65_HS1-834228961_62-HQ-83894_Section_9
Agency: FBI
Page 102
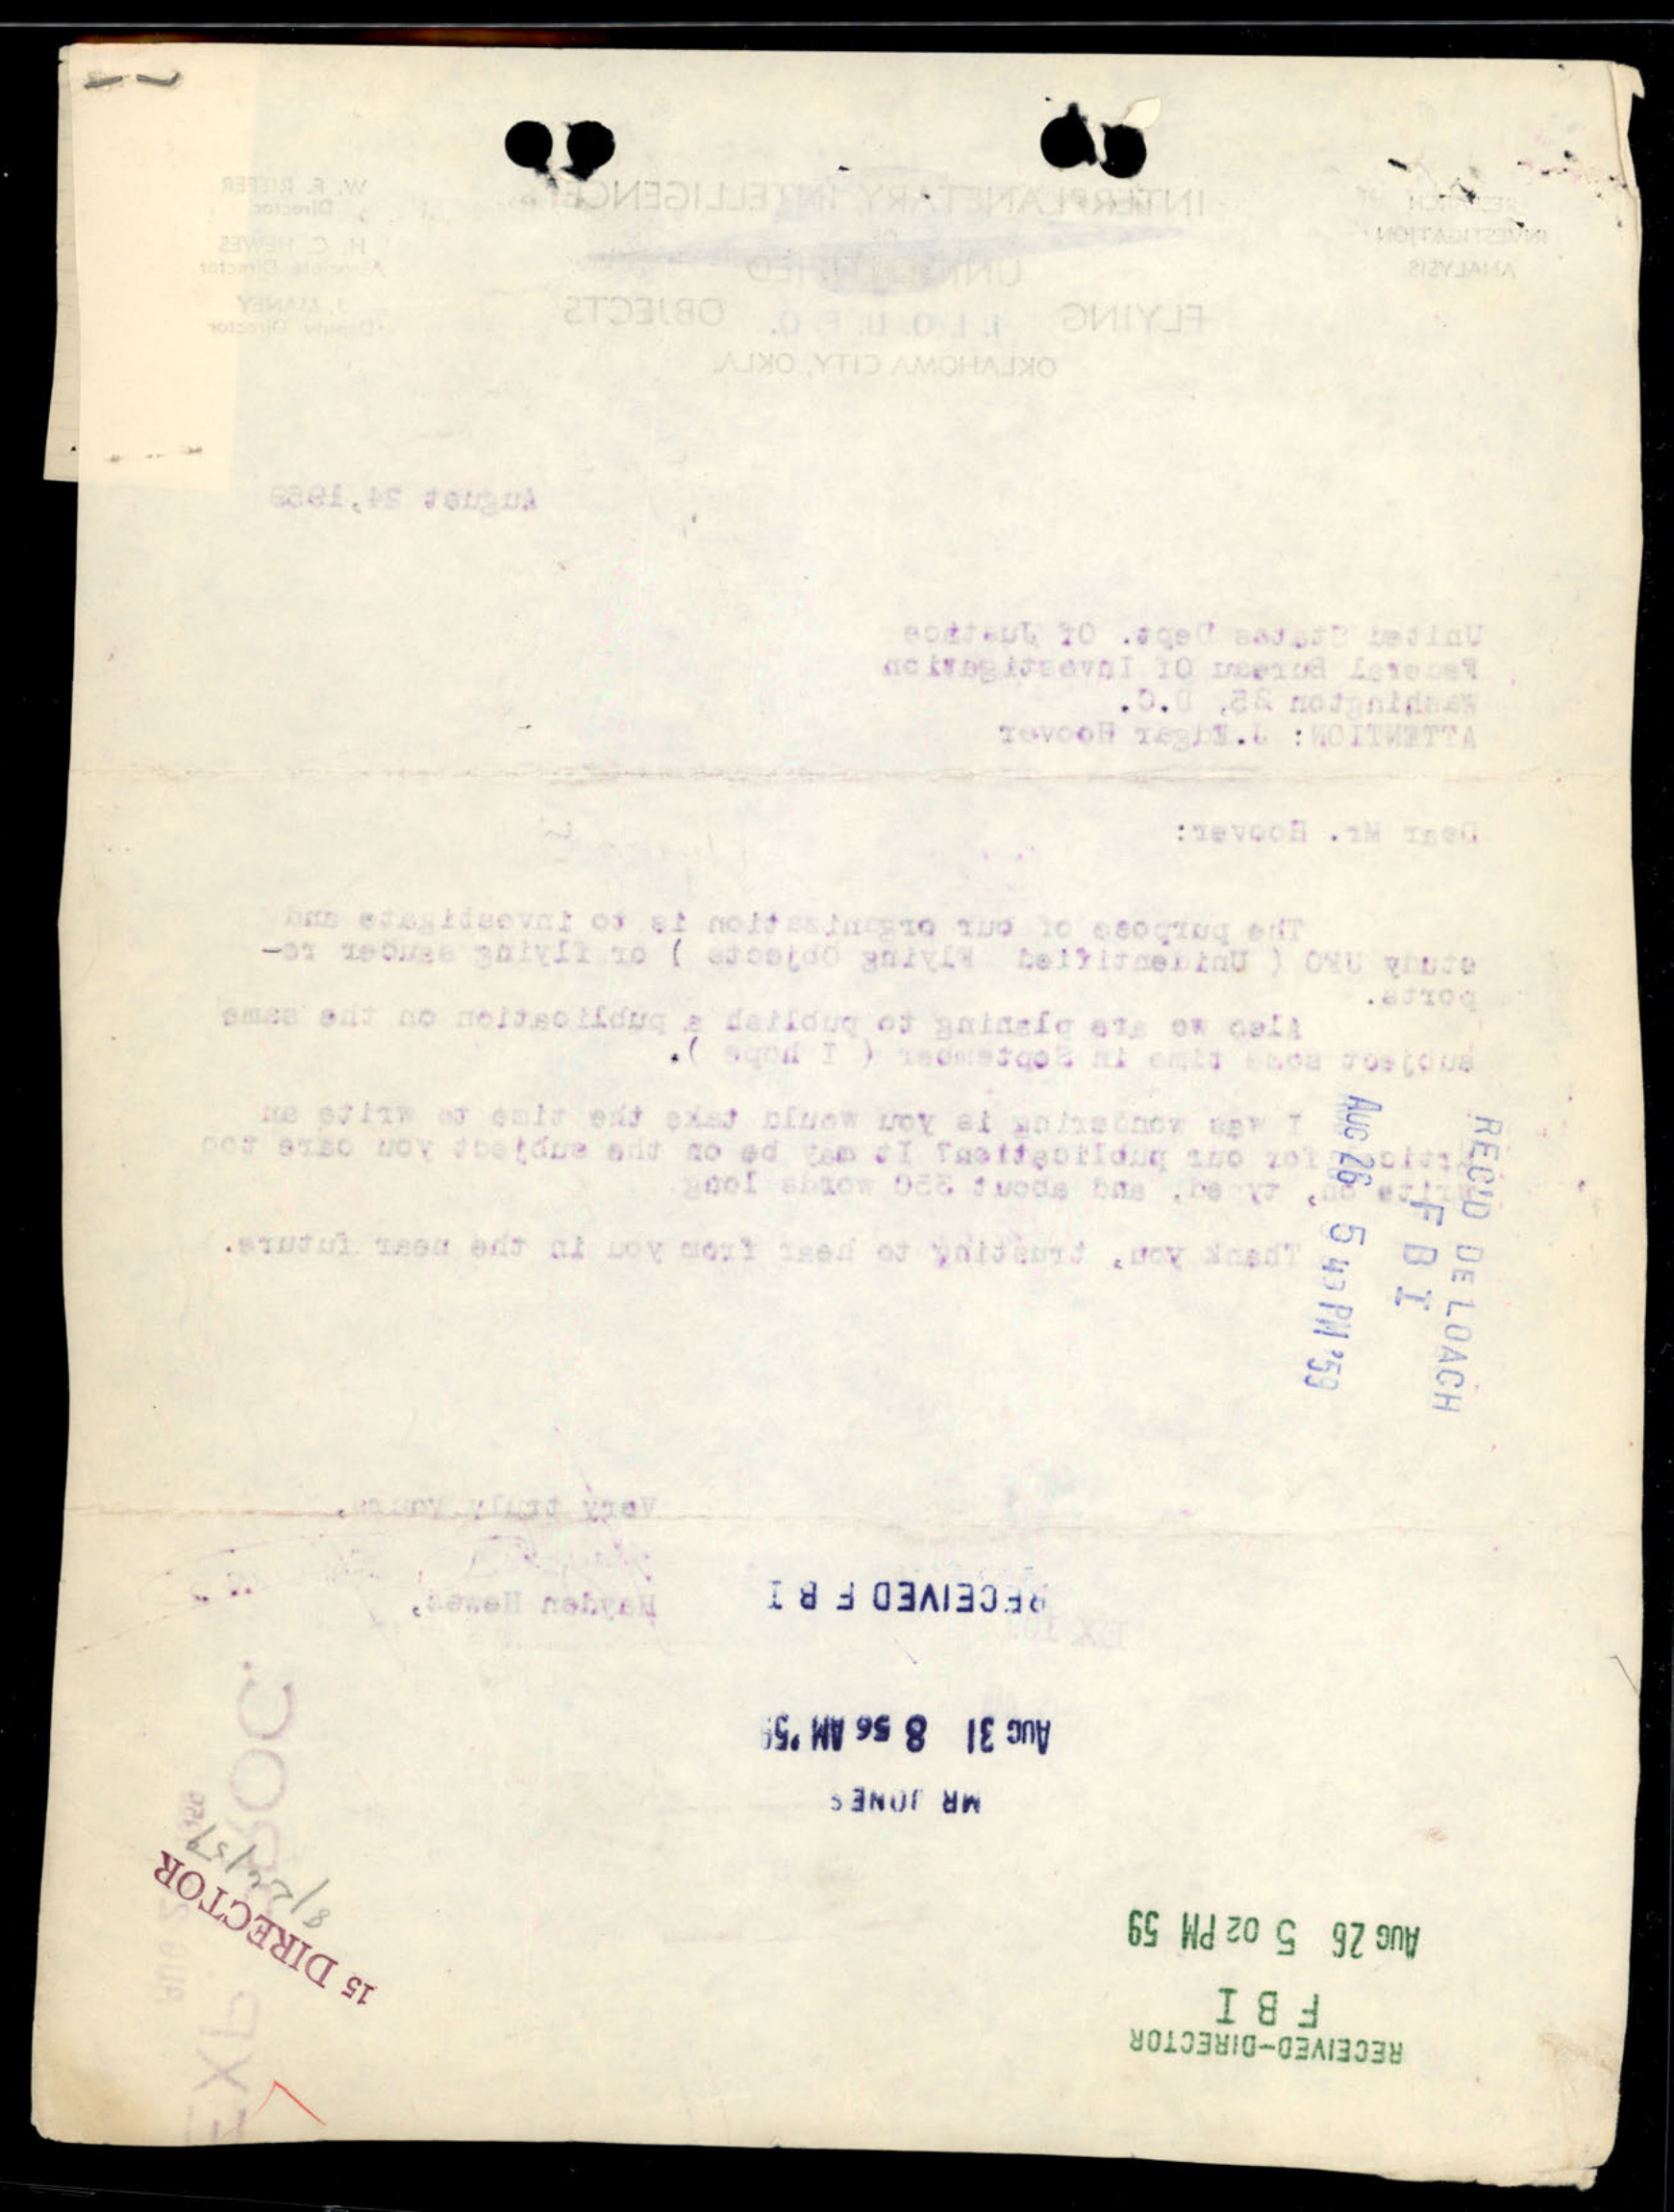